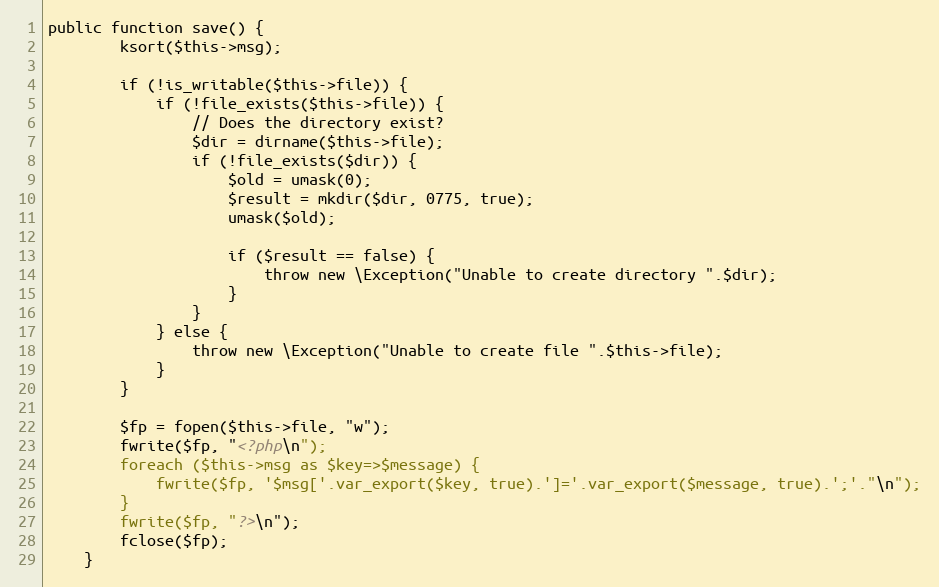
Language: PHP
public function save() {
		ksort($this->msg);

		if (!is_writable($this->file)) {
			if (!file_exists($this->file)) {
				// Does the directory exist?
				$dir = dirname($this->file);
				if (!file_exists($dir)) {
					$old = umask(0);
					$result = mkdir($dir, 0775, true);
					umask($old);

					if ($result == false) {
						throw new \Exception("Unable to create directory ".$dir);
					}
				}
			} else {
				throw new \Exception("Unable to create file ".$this->file);
			}
		}

		$fp = fopen($this->file, "w");
		fwrite($fp, "<?php\n");
		foreach ($this->msg as $key=>$message) {
			fwrite($fp, '$msg['.var_export($key, true).']='.var_export($message, true).';'."\n");
		}
		fwrite($fp, "?>\n");
		fclose($fp);
	}